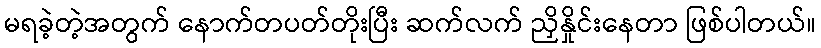
မရခဲ့တဲ့အတွက် နောက်တပတ်တိုးပြီး ဆက်လက် ညှိနှိုင်းနေတာ ဖြစ်ပါတယ်။